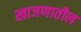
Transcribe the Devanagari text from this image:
खाजणातील